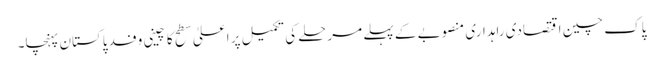
پاک چین اقتصادی راہداری منصوبے کے پہلے مرحلے کی تکمیل پر اعلیٰ سطح کا چینی وفد پاکستان پہنچا۔